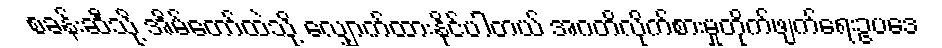
စခန်းဆီသို့ အိမ်တော်ထဲသို့ လျှောက်ထားနိုင်ပါတယ် အဂတိလိုက်စားမှုတိုက်ဖျက်ရေးဥပဒေ